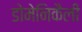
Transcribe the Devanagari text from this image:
डोमेनिकैली